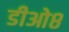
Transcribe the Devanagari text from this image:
डीओ८